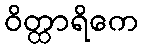
ဝိတ္ထာရိကေ